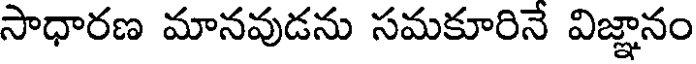
సాధారణ మానవుడను సమకూరినే విజ్ఞానం